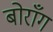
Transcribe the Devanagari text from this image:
बोराँग